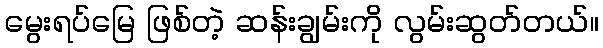
မွေးရပ်မြေ ဖြစ်တဲ့ ဆန်းချွမ်းကို လွမ်းဆွတ်တယ်။